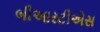
બીઆરટીએસ